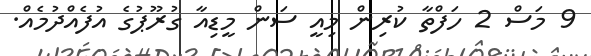
9 މަސް 2 ހަފްތާ ކުރިން މިއީ ސަން މީޑިއާ ގުރޫޕުގެ އުފެއްދުމެއް.